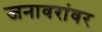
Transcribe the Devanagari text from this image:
जनावरांवर